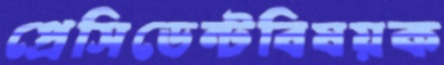
প্রেসিডেন্টবিষয়ক